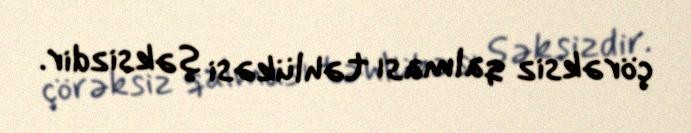
çörəksiz qalması təhlükəsi şəksizdir.